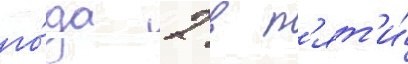
го́да 2 в п'ят'и́